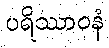
ပရိဿာဝနံ